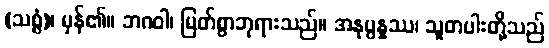
(သစ္စံ)၊ မှန်၏။ ဘဂဝါ၊ မြတ်စွာဘုရားသည်။ အနုပ္ပန္နဿ၊ သူတပါးတို့သည်